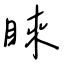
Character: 睞